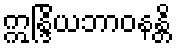
ဣန္ဒြိယဘာဝနန္တိ